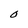
Character: O